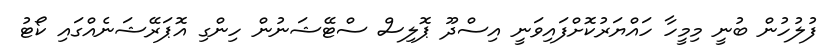
ފުލުހުން ބުނީ މިމީހާ ހައްޔަރުކޮށްފައިވަނީ އިސްދޫ ޕޮލިސް ސްޓޭޝަނުން ހިންގި އޮޕަރޭޝަނެއްގައި ކޯޓު